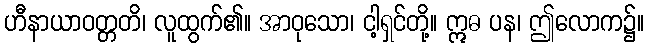
ဟီနာယာဝတ္တတိ၊ လူထွက်၏။ အာဝုသော၊ ငါ့ရှင်တို့။ ဣဓ ပန၊ ဤလောက၌။